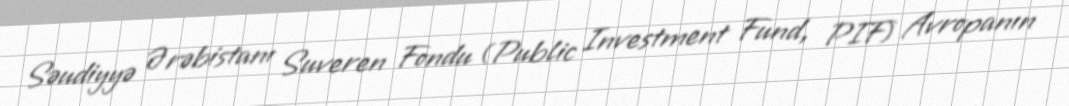
Səudiyyə Ərəbistanı Suveren Fondu (Public Investment Fund, PIF) Avropanın